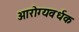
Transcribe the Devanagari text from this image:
आरोग्‍यवर्धक